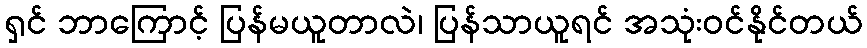
ရှင် ဘာကြောင့် ပြန်မယူတာလဲ၊ ပြန်သာယူရင် အသုံးဝင်နိုင်တယ်